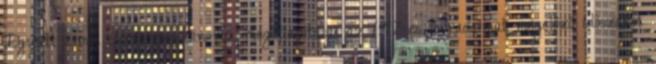
Együtt című Szolzsenyicin-mű megállapításai az 1917-es forradalmat megelőző időszakot